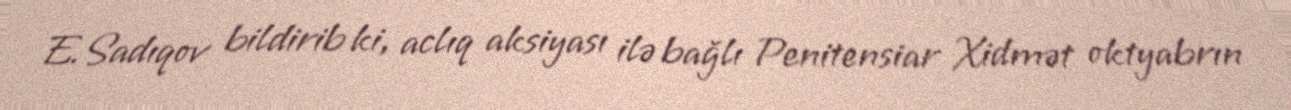
E.Sadıqov bildirib ki, aclıq aksiyası ilə bağlı Penitensiar Xidmət oktyabrın